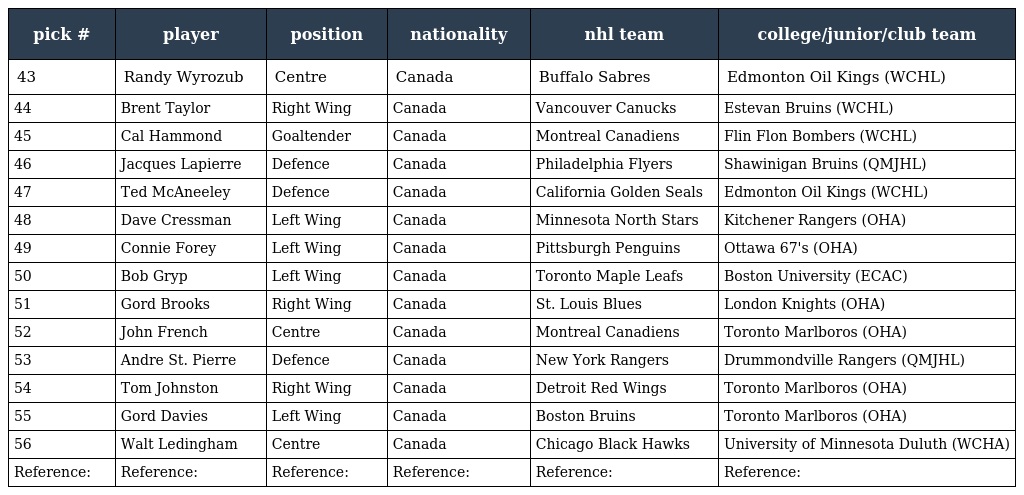
| pick # | player | position | nationality | nhl team | college/junior/club team |
 | --- | --- | --- | --- | --- | --- |
 | 43 | Randy Wyrozub | Centre | Canada | Buffalo Sabres | Edmonton Oil Kings (WCHL) |
 | 44 | Brent Taylor | Right Wing | Canada | Vancouver Canucks | Estevan Bruins (WCHL) |
 | 45 | Cal Hammond | Goaltender | Canada | Montreal Canadiens | Flin Flon Bombers (WCHL) |
 | 46 | Jacques Lapierre | Defence | Canada | Philadelphia Flyers | Shawinigan Bruins (QMJHL) |
 | 47 | Ted McAneeley | Defence | Canada | California Golden Seals | Edmonton Oil Kings (WCHL) |
 | 48 | Dave Cressman | Left Wing | Canada | Minnesota North Stars | Kitchener Rangers (OHA) |
 | 49 | Connie Forey | Left Wing | Canada | Pittsburgh Penguins | Ottawa 67's (OHA) |
 | 50 | Bob Gryp | Left Wing | Canada | Toronto Maple Leafs | Boston University (ECAC) |
 | 51 | Gord Brooks | Right Wing | Canada | St. Louis Blues | London Knights (OHA) |
 | 52 | John French | Centre | Canada | Montreal Canadiens | Toronto Marlboros (OHA) |
 | 53 | Andre St. Pierre | Defence | Canada | New York Rangers | Drummondville Rangers (QMJHL) |
 | 54 | Tom Johnston | Right Wing | Canada | Detroit Red Wings | Toronto Marlboros (OHA) |
 | 55 | Gord Davies | Left Wing | Canada | Boston Bruins | Toronto Marlboros (OHA) |
 | 56 | Walt Ledingham | Centre | Canada | Chicago Black Hawks | University of Minnesota Duluth (WCHA) |
 | Reference: | Reference: | Reference: | Reference: | Reference: | Reference: |